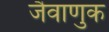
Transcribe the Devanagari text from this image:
जैवाणुक